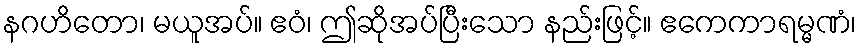
နဂဟိတော၊ မယူအပ်။ ဧဝံ၊ ဤဆိုအပ်ပြီးသော နည်းဖြင့်။ ဧကေကာရမ္မဏံ၊